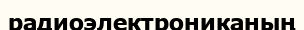
радиоэлектрониканың